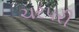
ચરપરી